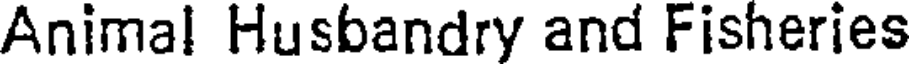
Animal Husbandry and Fisheries